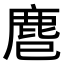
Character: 𪊍